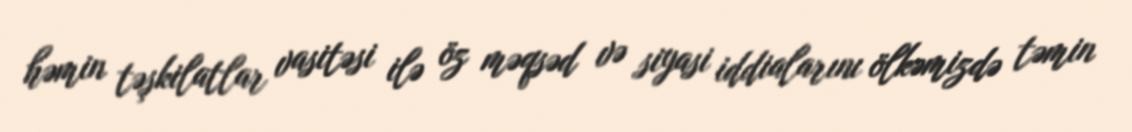
həmin təşkilatlar vasitəsi ilə öz məqsəd və siyasi iddialarını ölkəmizdə təmin